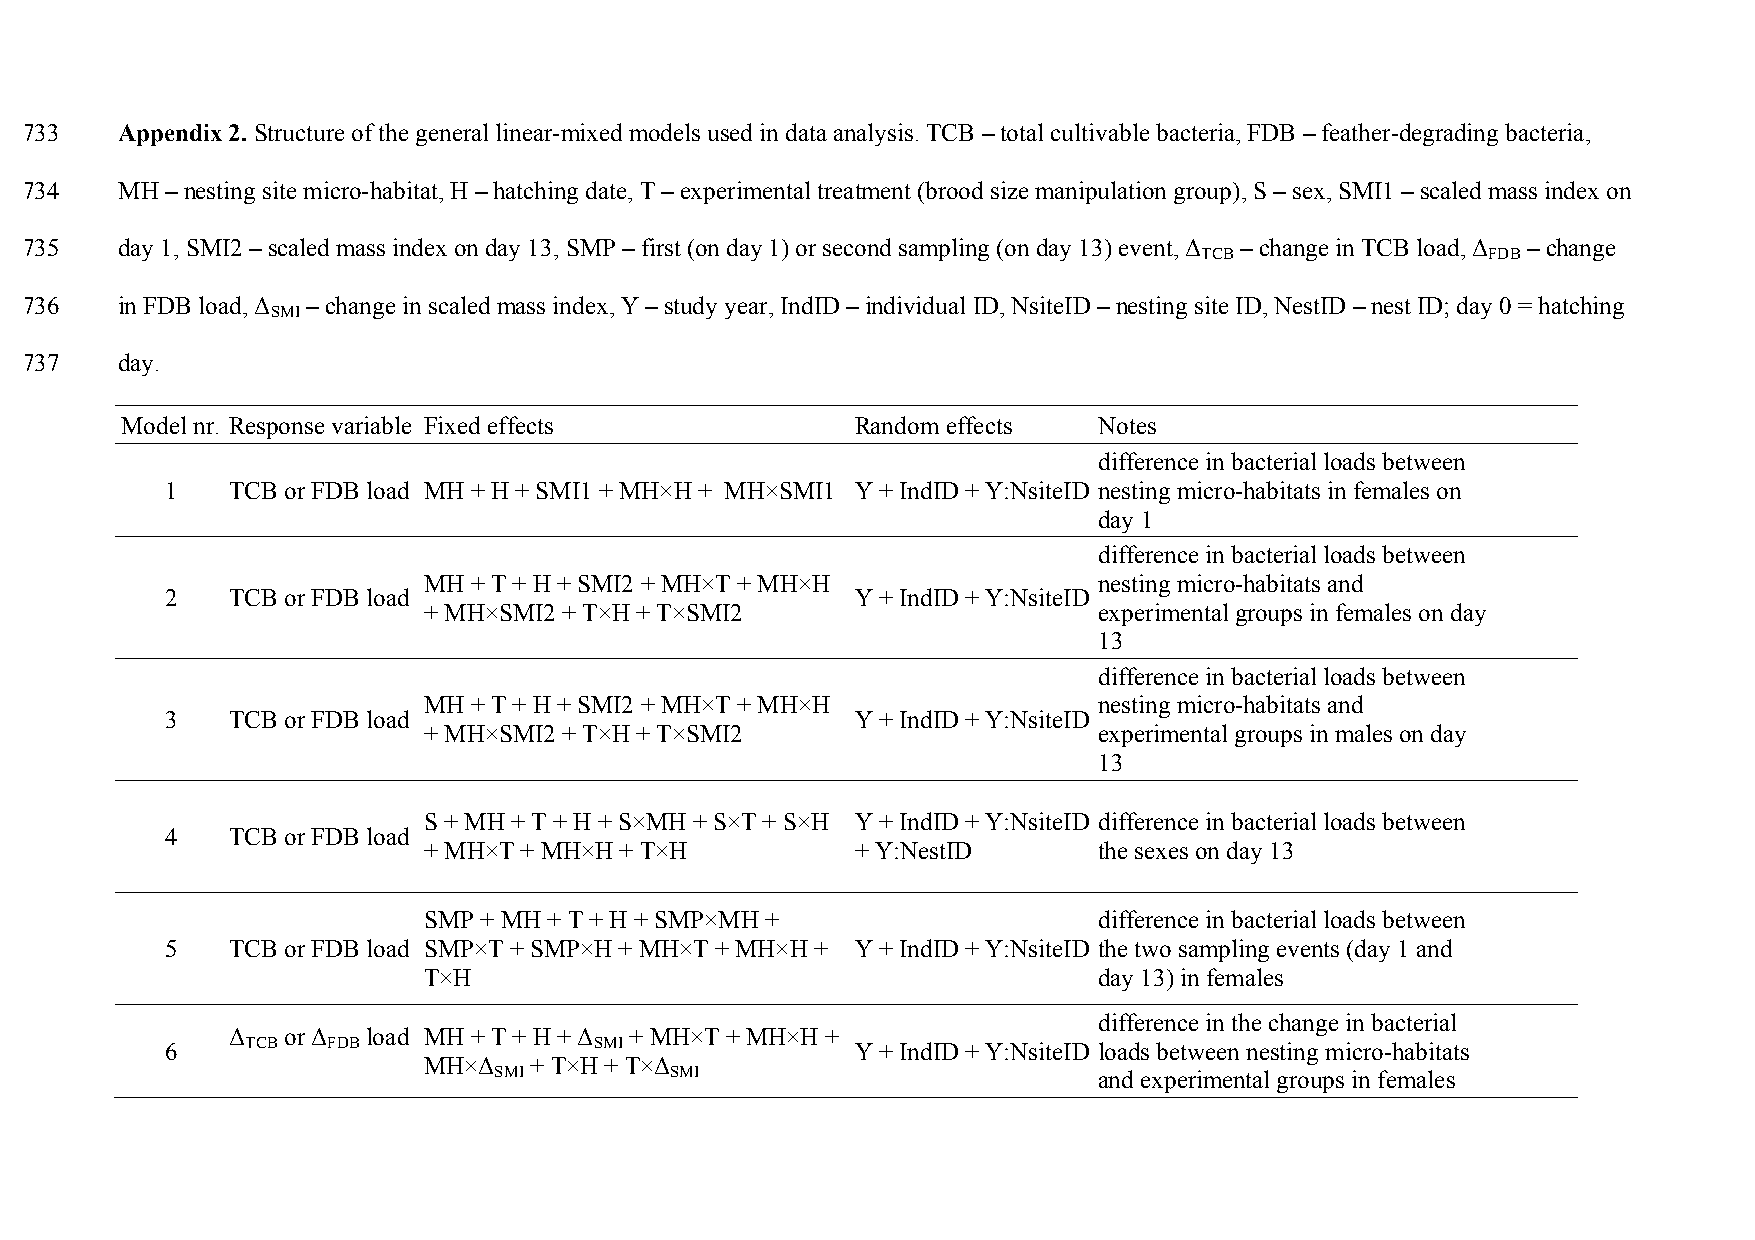
733    Appendix 2. Structure of the general linear-mixed models used in data analysis. TCB – total cultivable bacteria, FDB – feather-degrading bacteria,
 734    MH – nesting site micro-habitat, H – hatching date, T – experimental treatment (brood size manipulation group), S – sex, SMI1 – scaled mass index on
 735    day 1, SMI2 – scaled mass index on day 13, SMP – first (on day 1) or second sampling (on day 13) event, Δ – change in TCB load, Δ – change
 TCB               FDB
 736    in FDB load, Δ – change in scaled mass index, Y – study year, IndID – individual ID, NsiteID – nesting site ID, NestID – nest ID; day 0 = hatching
 SMI
 737    day.
 Model nr. Response variable Fixed effects        Random effects  Notes
 difference in bacterial loads between
 1   TCB or FDB load MH + H + SMI1 + MH×H + MH×SMI1 Y + IndID + Y:NsiteID nesting micro-habitats in females on
 day 1
 difference in bacterial loads between
 MH + T + H + SMI2 + MH×T + MH×H              nesting micro-habitats and
 2   TCB or FDB load                           Y + IndID + Y:NsiteID
 + MH×SMI2 + T×H + T×SMI2                     experimental groups in females on day
 13
 difference in bacterial loads between
 MH + T + H + SMI2 + MH×T + MH×H              nesting micro-habitats and
 3   TCB or FDB load                           Y + IndID + Y:NsiteID
 + MH×SMI2 + T×H + T×SMI2                     experimental groups in males on day
 13
 S + MH + T + H + S×MH + S×T + S×H Y + IndID + Y:NsiteID difference in bacterial loads between
 4   TCB or FDB load
 + MH×T + MH×H + T×H          + Y:NestID      the sexes on day 13
 SMP + MH + T + H + SMP×MH +                  difference in bacterial loads between
 5   TCB or FDB load SMP×T + SMP×H + MH×T + MH×H + Y + IndID + Y:NsiteID the two sampling events (day 1 and
 T×H                                          day 13) in females
 difference in the change in bacterial
 Δ   or Δ load MH + T + H + Δ + MH×T + MH×H +
 6    TCB   FDB              SMI               Y + IndID + Y:NsiteID loads between nesting micro-habitats
 MH×Δ   + T×H + T×Δ
 SMI        SMI                          and experimental groups in females
 35